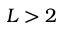
L > 2